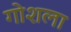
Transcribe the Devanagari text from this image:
गोशला